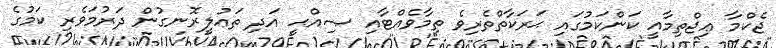
ޖެކްމާ ޢިޖްތިމާއީ ކަންކަމުގައި ޙަރަކާތްތެރިވެ ތިމާވެއްޓާއި ޞިއްޙީ އަދި ތަޢުލީރޮނގުން ދަރުމަވެރި ކަމުގެ